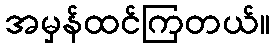
အမှန်ထင်ကြတယ်။